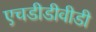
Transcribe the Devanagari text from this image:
एचडीडीवीडी